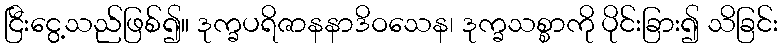
ငြီးငွေ့သည်ဖြစ်၍။ ဒုက္ခပရိဇာနနာဒိဝသေန၊ ဒုက္ခသစ္စာကို ပိုင်းခြား၍ သိခြင်း